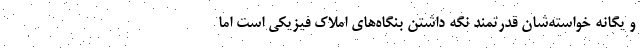
و یگانه خواسته‌شان قدرتمند نگه داشتن بنگاه‌های املاک فیزیکی است اما